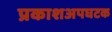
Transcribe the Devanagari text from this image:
प्रकाशअपघटक